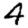
Digit: 4